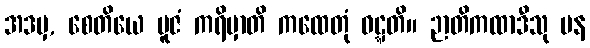
အဒမှ, စေတိယေ ပူဇံ ကရိမှာတိ ကထေတုံ ဝဋ္ဋတိ။ ဉာတိကထာဒီသု ပန